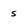
Character: s